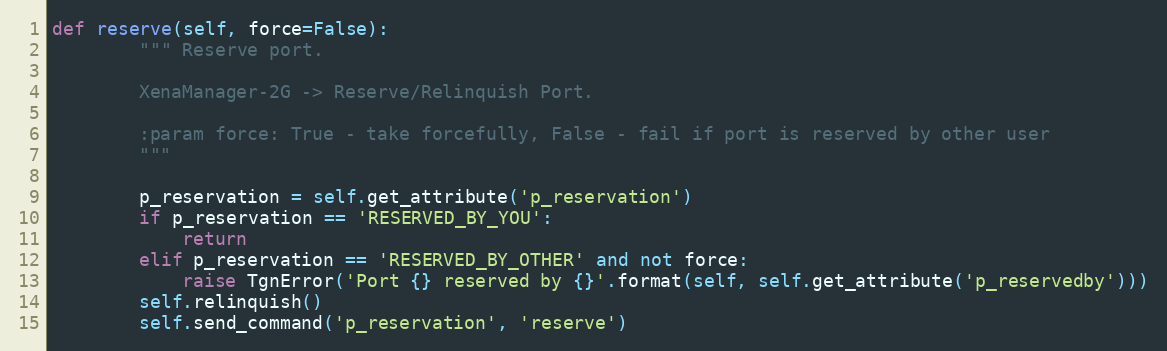
Language: Python
def reserve(self, force=False):
        """ Reserve port.

        XenaManager-2G -> Reserve/Relinquish Port.

        :param force: True - take forcefully, False - fail if port is reserved by other user
        """

        p_reservation = self.get_attribute('p_reservation')
        if p_reservation == 'RESERVED_BY_YOU':
            return
        elif p_reservation == 'RESERVED_BY_OTHER' and not force:
            raise TgnError('Port {} reserved by {}'.format(self, self.get_attribute('p_reservedby')))
        self.relinquish()
        self.send_command('p_reservation', 'reserve')